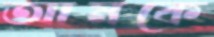
আমকে